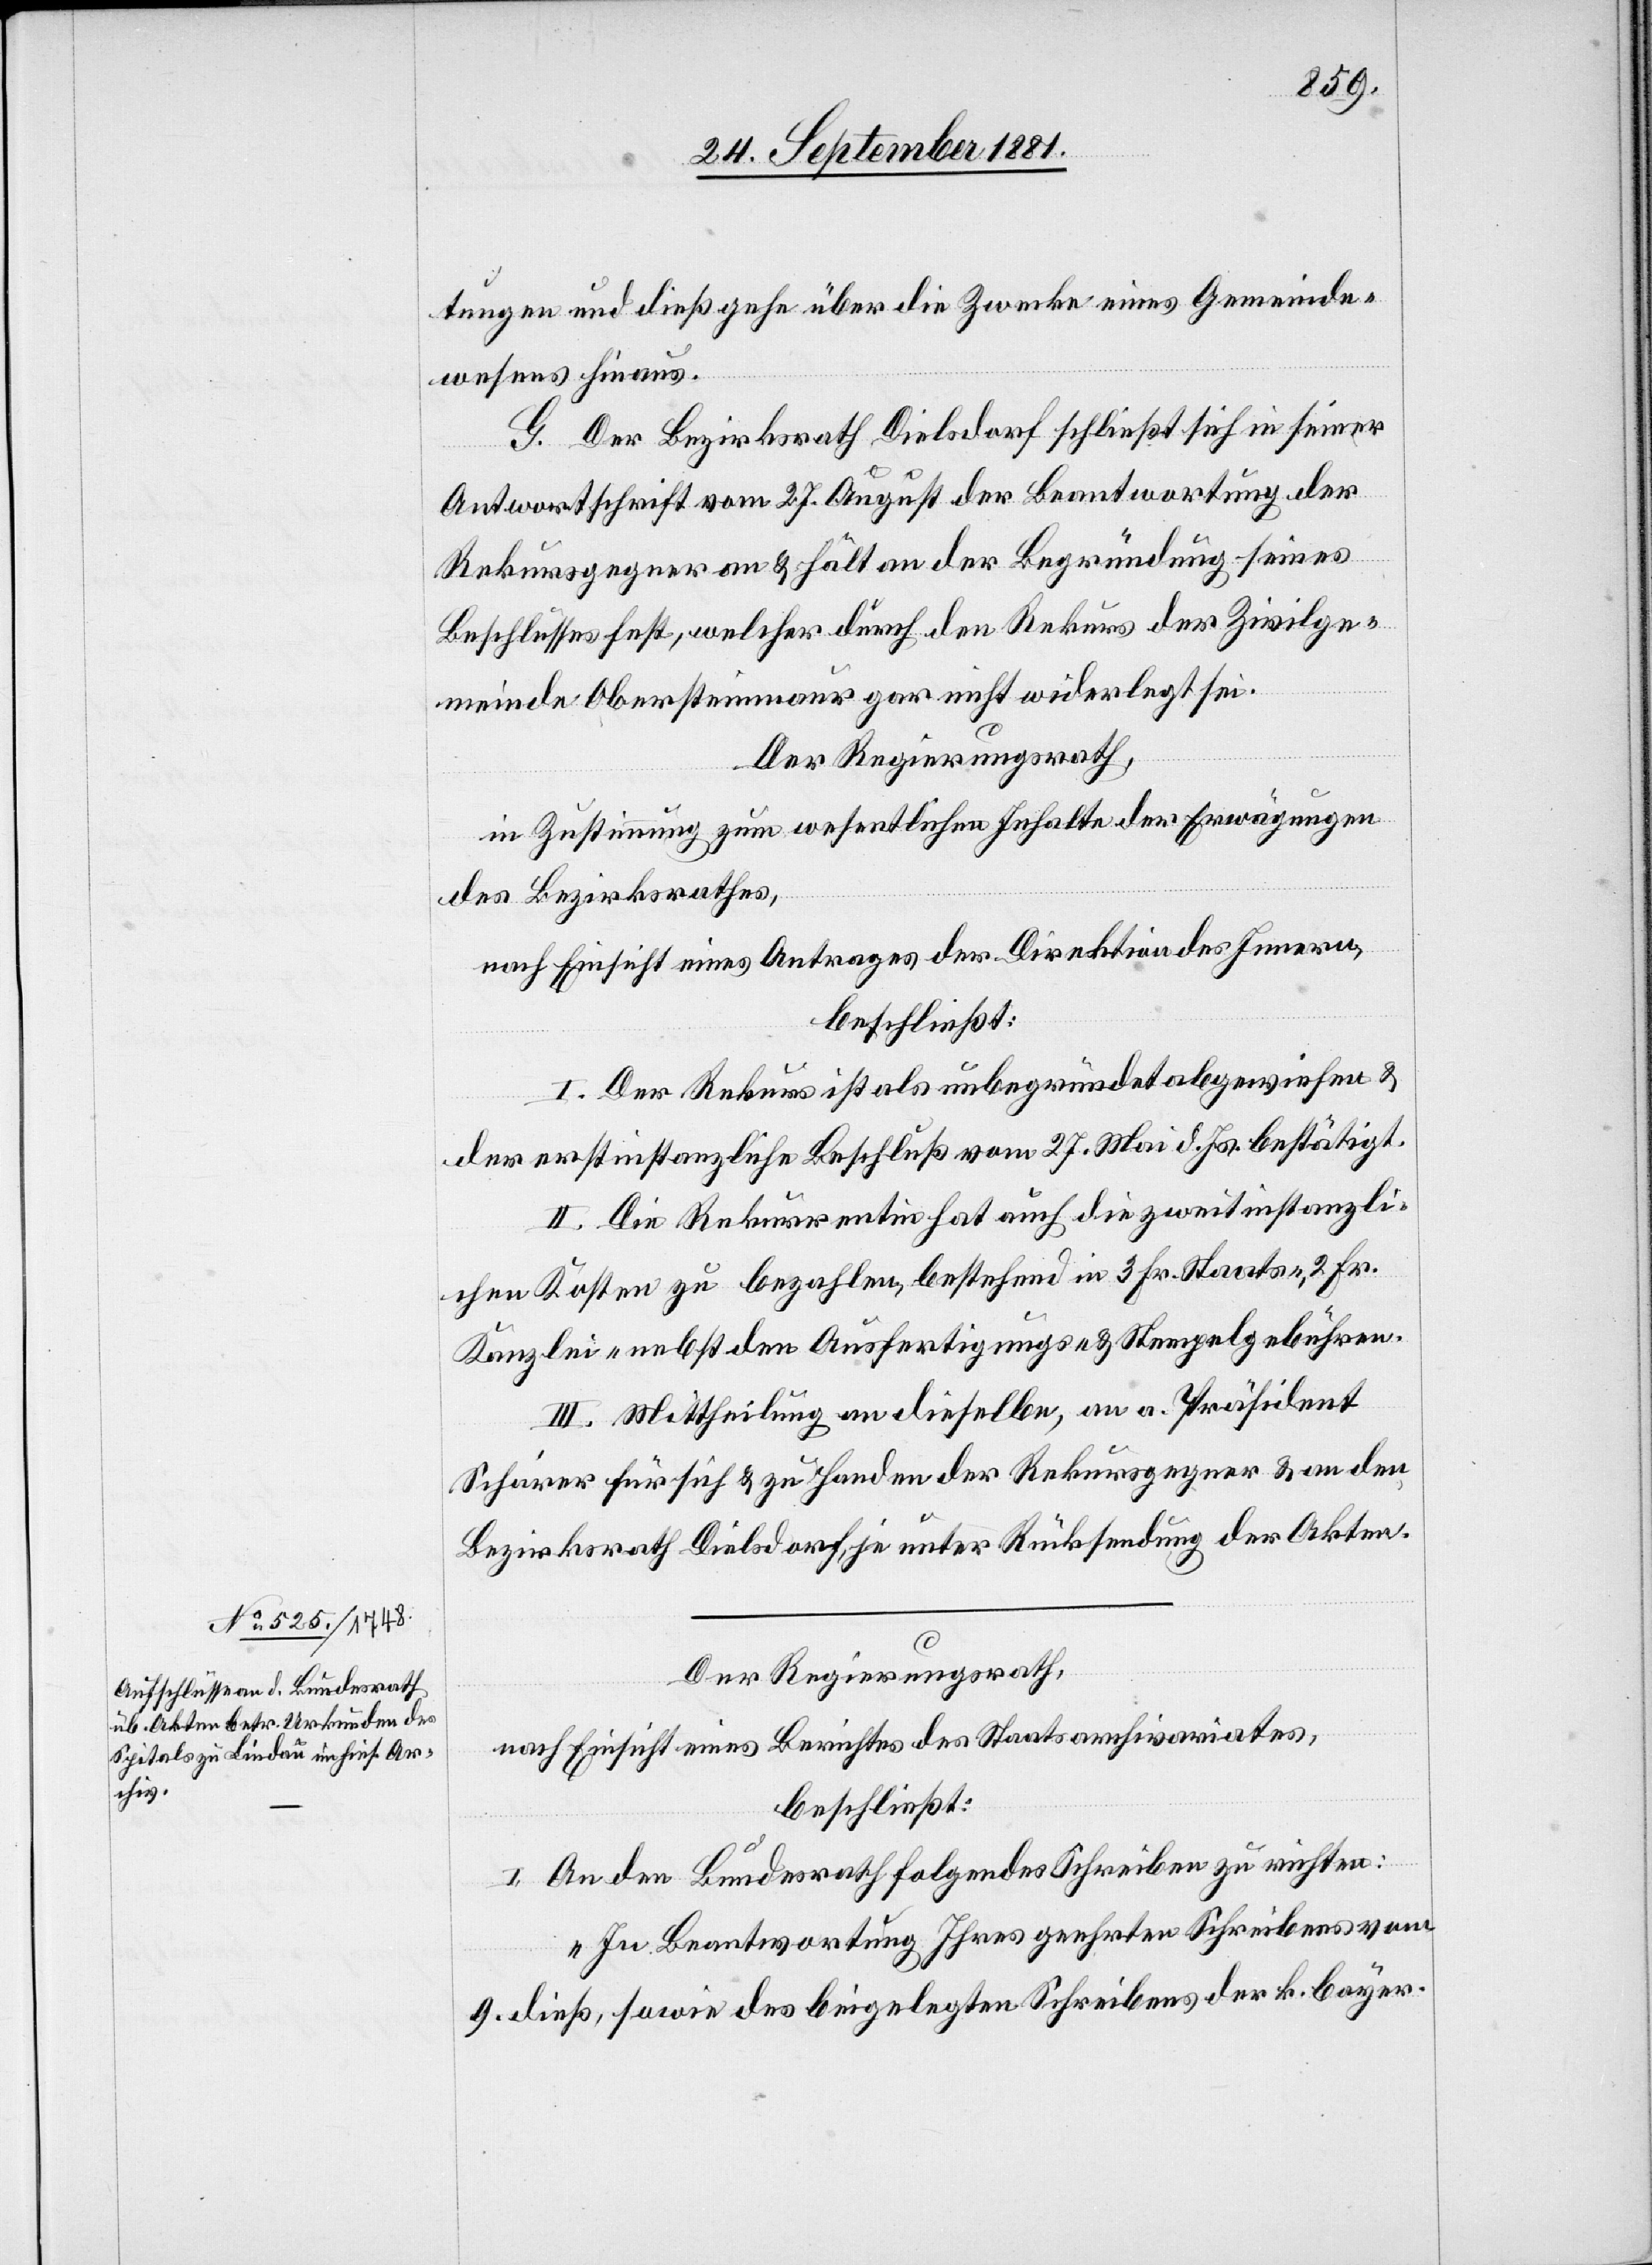
tungen und dieß gehe über die Zwecke eines Gemeinde¬
wesens hinaus.
G. Der Bezirksrath Dielsdorf schließt sich in seiner
Antwortschrift vom 27. August der Beantwortung der
Rekursgegner an & hält an der Begründung seines
Beschlusses fest, welcher durch den Rekurs der Zivilge¬
meinde Obersteinmaur gar nicht widerlegt sei.
Der Regierungsrath,
in Zustimmung zum wesentlichen Inhalte der Erwägungen
des Bezirksrathes,
nach Einsicht eines Antrages der Direktion des Innern,
beschließt:
I. Der Rekurs ist als unbegründet abgewiesen &
der erstinstanzliche Beschluß vom 27. Mai d. Js. bestätigt.
II. Die Rekurrentin hat auch die zweitinstanzli¬
chen Kosten zu bezahlen, bestehend in 3. Fr. Staats-, 2. Fr.
Kanzlei- nebst den Ausfertigungs- & Stempelgebühren.
III. Mittheilung an dieselben, an a. Präsident
Schärer für sich & zu Handen der Rekursgegner & an den
Bezirksrath Dielsdorf unter Rücksendung der Akten.
Der Regierungsrath,
nach Einsicht eines Berichtes des Staatsarchivariates,
beschließt:
I. An den Bundesrath folgendes Schreiben zu richten:
„In Beantwortung Ihres geehrten Schreibens vom
9. dieß, sowie des beigelegten Schreibens der k. bayer.